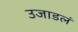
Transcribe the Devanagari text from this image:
उजाडलं